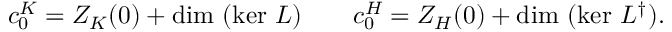
c _ { 0 } ^ { K } = Z _ { K } ( 0 ) + \mathrm { d i m ~ } ( \mathrm { k e r ~ } L ) \qquad c _ { 0 } ^ { H } = Z _ { H } ( 0 ) + \mathrm { d i m ~ } ( \mathrm { k e r ~ } L ^ { \dag } ) .